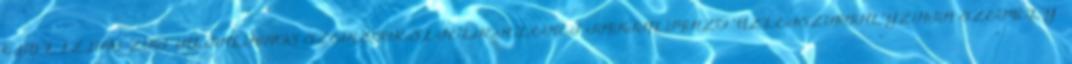
CIB LÍZING ZRT. ÁLTALÁNOS SZERZŐDÉSI FELTÉTELEKET TARTALMAZÓ ÜZLETSZABÁLYZATA SZEMÉLY-